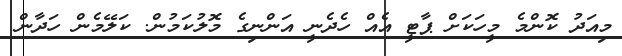
މިއަދު ކޮންމެ މީހަކަށް ޕާޓީ އެއް ހެދެނީ އަންނިގެ މޮލުކަމުން. ކަލޭމެން ހަދާން